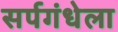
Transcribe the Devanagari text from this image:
सर्पगंधेला